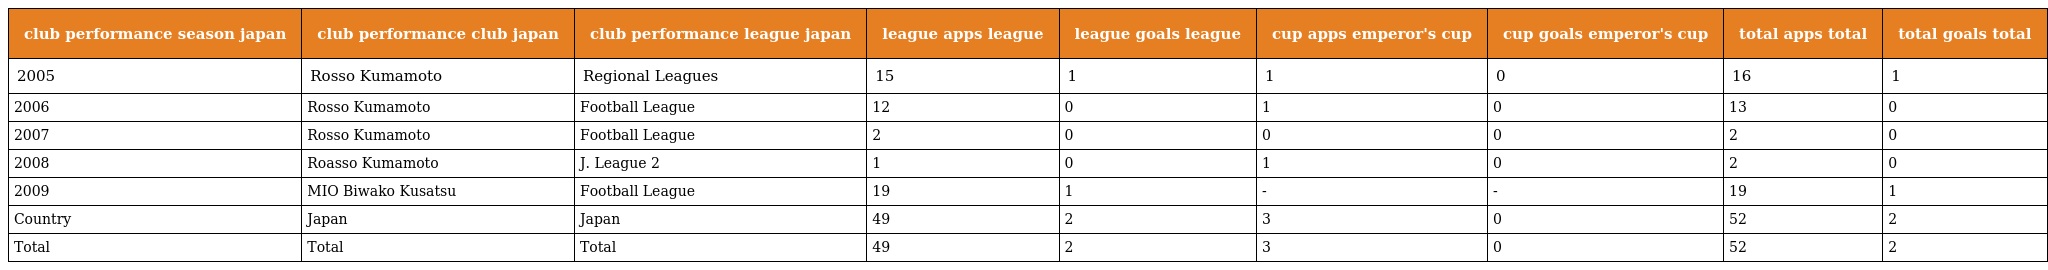
| club performance season japan | club performance club japan | club performance league japan | league apps league | league goals league | cup apps emperor's cup | cup goals emperor's cup | total apps total | total goals total |
 | --- | --- | --- | --- | --- | --- | --- | --- | --- |
 | 2005 | Rosso Kumamoto | Regional Leagues | 15 | 1 | 1 | 0 | 16 | 1 |
 | 2006 | Rosso Kumamoto | Football League | 12 | 0 | 1 | 0 | 13 | 0 |
 | 2007 | Rosso Kumamoto | Football League | 2 | 0 | 0 | 0 | 2 | 0 |
 | 2008 | Roasso Kumamoto | J. League 2 | 1 | 0 | 1 | 0 | 2 | 0 |
 | 2009 | MIO Biwako Kusatsu | Football League | 19 | 1 | - | - | 19 | 1 |
 | Country | Japan | Japan | 49 | 2 | 3 | 0 | 52 | 2 |
 | Total | Total | Total | 49 | 2 | 3 | 0 | 52 | 2 |